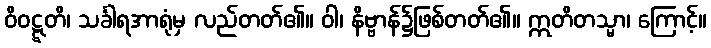
ဝိဝဋ္ဋတိ၊ သင်္ခါရအာရုံမှ လည်တတ်၏။ ဝါ၊ နိဗ္ဗာန်၌ဖြစ်တတ်၏။ ဣတိတသ္မာ၊ ကြောင့်။